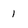
Character: 1